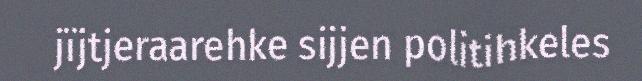
jïjtjeraarehke sijjen politihkeles